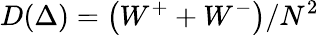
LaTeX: D(\Delta)=\left(W^{+}+W^{-}\right)/N^{2}